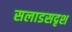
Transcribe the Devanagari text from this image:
सलाडसदृश